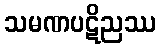
သမဏပဋိညဿ